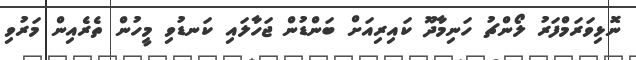
ނޮޅިވަރަމްފަރު ލޯންޗު ހަނިމާދޫ ކައިރިއަށް ބަންޑުން ޖަހާލައި ކަނޑުވި މީހުން ތެރެއިން މަރުވި